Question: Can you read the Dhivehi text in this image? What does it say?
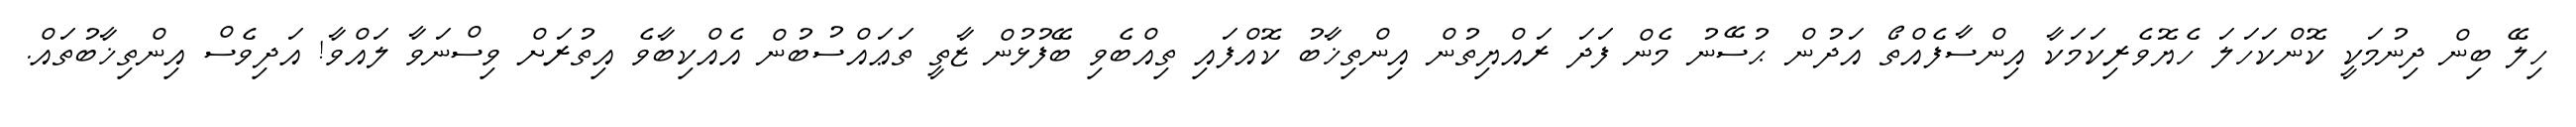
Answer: ހިލޭ ބިން ދިނުމަކީ ކޮންކަހަލަ ހެޔޮވެރިކަމަކާ އިންސާފެއްތޯ އަދުން ޙުސޭނު މެން ފަދަ ރައްޔިތުން އިންތިޚާބު ކޮއްފައި ތިއްބެވި ބޭފުޅުން ޒާތީ ތަޢައްސުބުން އެއްކިބާވެ އިތުރަށް ވިސްނަވާ ލައްވާ! އަދިވެސް އިންތިޚާބުތައް.